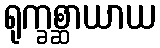
ရုက္ခစ္ဆာယာယ